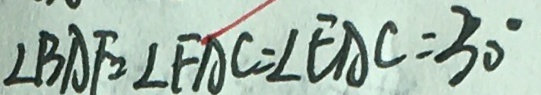
\angle B A F = \angle F A C = \angle E A C = 3 0 ^ { \circ }